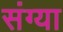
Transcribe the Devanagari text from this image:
संग्या